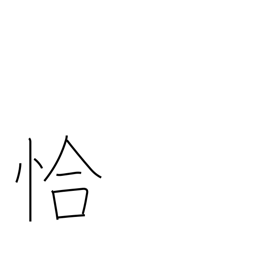
Meaning: just as